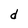
Character: d